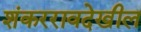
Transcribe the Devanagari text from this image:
शंकररावदेखील